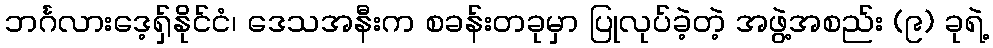
ဘင်္ဂလားဒေ့ရှ်နိုင်ငံ၊ ဒေသအနီးက စခန်းတခုမှာ ပြုလုပ်ခဲ့တဲ့ အဖွဲ့အစည်း (၉) ခုရဲ့